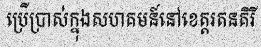
ប្រើប្រាស់ក្នុងសហគមន៍នៅខេត្តរតនគិរី